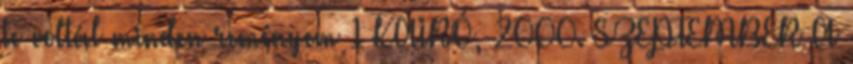
te voltál minden reményem 1 KAIRÓ, 2000. SZEPTEMBER A